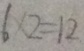
6 \times 2 = 1 2